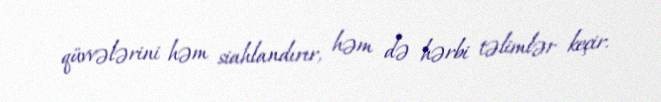
qüvvələrini həm siahlandırır, həm də hərbi təlimlər keçir.